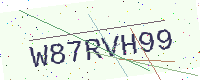
Text: W87RVH99